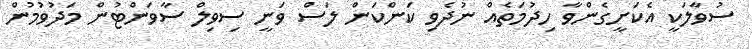
ސުވާލަކީ އެކަށީގެންވާ ހިދުމަތެއް ނުދެވި ކަންކަން ލަސް ވަނީ ސިވިލް ސާވަންޓުން މަދުވުމުން